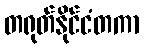
တရုတ်နိုင်ငံတကာ